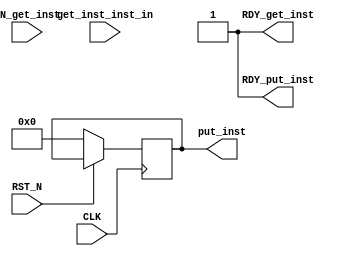
// Copyright (c) 2018 IIT Madras. See IITM_LICENSE.txt file for more details

//
// Generated by Bluespec Compiler, version 2018.10.beta1 (build e1df8052c, 2018-10-17)
//
// On Tue May 14 18:05:38 IST 2019
//
//
// Ports:
// Name                         I/O  size props
// RDY_get_inst                   O     1 const
// put_inst                       O    32 reg
// RDY_put_inst                   O     1 const
// CLK                            I     1 clock
// RST_N                          I     1 reset
// get_inst_inst_in               I    16 reg
// EN_get_inst                    I     1
//
// No combinational paths from inputs to outputs
//
//

`ifdef BSV_ASSIGNMENT_DELAY
`else
  `define BSV_ASSIGNMENT_DELAY
`endif

`ifdef BSV_POSITIVE_RESET
  `define BSV_RESET_VALUE 1'b1
  `define BSV_RESET_EDGE posedge
`else
  `define BSV_RESET_VALUE 1'b0
  `define BSV_RESET_EDGE negedge
`endif

module mkdummy_decomp(CLK,
		      RST_N,

		      get_inst_inst_in,
		      EN_get_inst,
		      RDY_get_inst,

		      put_inst,
		      RDY_put_inst);
  input  CLK;
  input  RST_N;

  // action method get_inst
  input  [15 : 0] get_inst_inst_in;
  input  EN_get_inst;
  output RDY_get_inst;

  // value method put_inst
  output [31 : 0] put_inst;
  output RDY_put_inst;

  // signals for module outputs
  wire [31 : 0] put_inst;
  wire RDY_get_inst, RDY_put_inst;

  // register inst
  reg [15 : 0] inst;
  wire [15 : 0] inst_D_IN;
  wire inst_EN;

  // register inst_32
  reg [31 : 0] inst_32;
  wire [31 : 0] inst_32_D_IN;
  wire inst_32_EN;

  // rule scheduling signals
  wire CAN_FIRE_get_inst, WILL_FIRE_get_inst;

  // action method get_inst
  assign RDY_get_inst = 1'd1 ;
  assign CAN_FIRE_get_inst = 1'd1 ;
  assign WILL_FIRE_get_inst = EN_get_inst ;

  // value method put_inst
  assign put_inst = inst_32 ;
  assign RDY_put_inst = 1'd1 ;

  // register inst
  assign inst_D_IN = get_inst_inst_in ;
  assign inst_EN = EN_get_inst ;

  // register inst_32
  assign inst_32_D_IN = 32'h0 ;
  assign inst_32_EN = 1'b0 ;

  // handling of inlined registers

  always@(posedge CLK)
  begin
    if (RST_N == `BSV_RESET_VALUE)
      begin
        inst <= `BSV_ASSIGNMENT_DELAY 16'd0;
	inst_32 <= `BSV_ASSIGNMENT_DELAY 32'd0;
      end
    else
      begin
        if (inst_EN) inst <= `BSV_ASSIGNMENT_DELAY inst_D_IN;
	if (inst_32_EN) inst_32 <= `BSV_ASSIGNMENT_DELAY inst_32_D_IN;
      end
  end

  `ifdef VERBOSE
  `ifdef BSV_NO_INITIAL_BLOCKS
  `else // not BSV_NO_INITIAL_BLOCKS
  initial
  begin
    inst = 16'hAAAA;
    inst_32 = 32'hAAAAAAAA;
  end
  `endif // BSV_NO_INITIAL_BLOCKS
  `endif
endmodule  // mkdummy_decomp